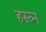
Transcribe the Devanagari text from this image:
हस्त्न